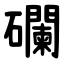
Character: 䃹